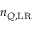
n _ { Q , \mathrm { L R } }